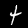
Label: 4